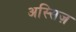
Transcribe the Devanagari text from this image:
अस्सिज़